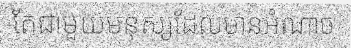
តែជាមួយមនុស្សដែលមានអំណាច